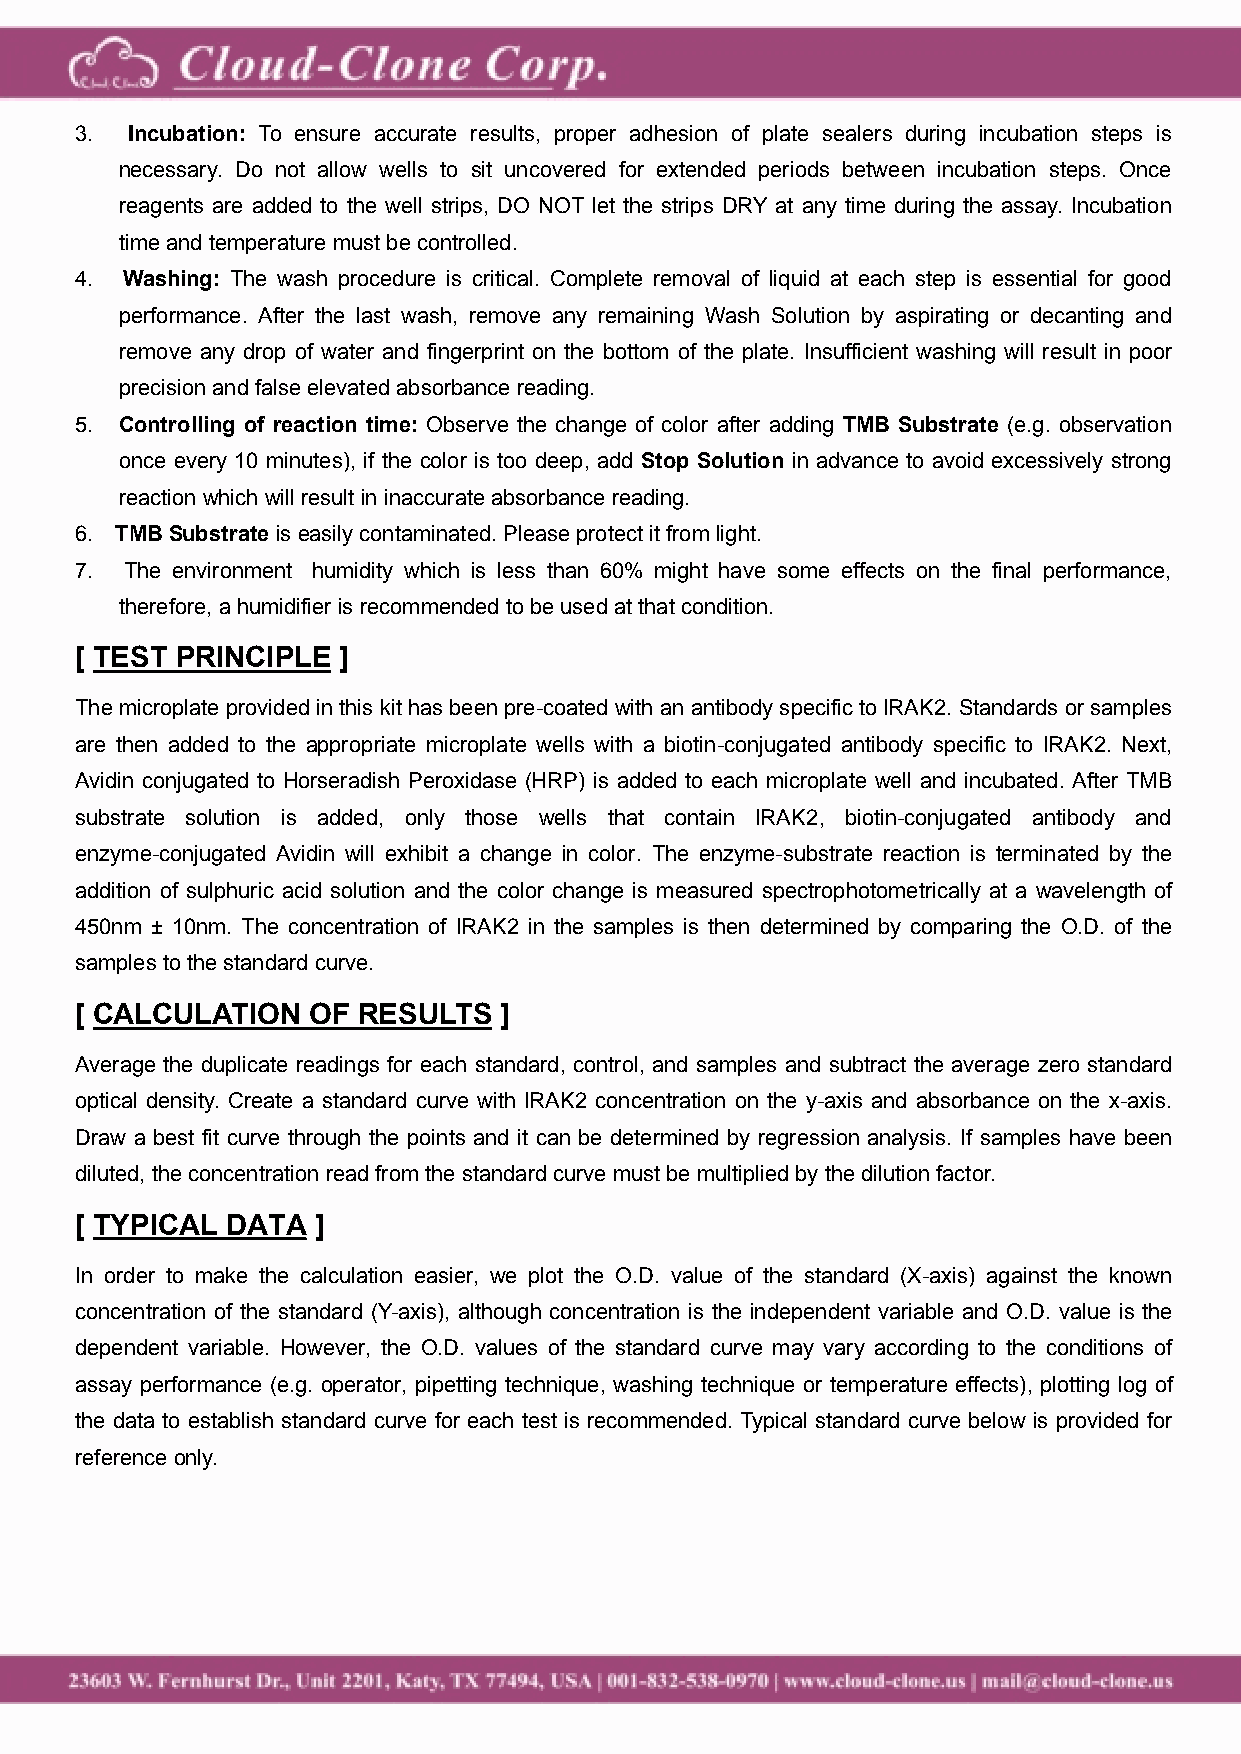
3. Incubation: To ensure accurate results, proper adhesion of plate sealers during incubation steps is
 necessary. Do not allow wells to sit uncovered for extended periods between incubation steps. Once
 reagents are added to the well strips, DO NOT let the strips DRY at any time during the assay. Incubation
 time and temperature mustbecontrolled.
 4. Washing: The wash procedure is critical. Complete removal of liquid at each step is essential for good
 performance. After the last wash, remove any remaining Wash Solution by aspirating or decanting and
 remove any drop of water and fingerprint on the bottom of the plate. Insufficient washing will result in poor
 precisionand false elevated absorbancereading.
 5. Controlling of reaction time: Observe the change of color after adding TMB Substrate (e.g. observation
 once every 10 minutes), if the color is too deep, add Stop Solution in advance to avoid excessively strong
 reactionwhichwillresultin inaccurateabsorbance reading.
 6. TMBSubstrate is easilycontaminated. Pleaseprotectitfromlight.
 7. The environment humidity which is less than 60% might have some effects on the final performance,
 therefore,ahumidifier is recommendedto beusedat thatcondition.
 [ TEST PRINCIPLE ]
 Themicroplate provided in this kithas been pre-coated with an antibody specific toIRAK2.Standards or samples
 are then added to the appropriate microplate wells with a biotin-conjugated antibody specific to IRAK2. Next,
 Avidin conjugated to Horseradish Peroxidase (HRP) is added to each microplate well and incubated. After TMB
 substrate solution is added, only those wells that contain IRAK2, biotin-conjugated antibody and
 enzyme-conjugated Avidin will exhibit a change in color. The enzyme-substrate reaction is terminated by the
 addition of sulphuric acid solution and the color change is measured spectrophotometrically at a wavelength of
 450nm ± 10nm. The concentration of IRAK2 in the samples is then determined by comparing the O.D. of the
 samplestothe standard curve.
 [ CALCULATION  OF  RESULTS  ]
 Average the duplicate readings for each standard, control, and samples and subtract the average zero standard
 optical density. Create a standard curve with IRAK2 concentration on the y-axis and absorbance on the x-axis.
 Draw a best fit curve through the points and it can be determined by regression analysis. If samples have been
 diluted,the concentration readfromthe standardcurve mustbemultiplied by the dilutionfactor.
 [ TYPICAL DATA  ]
 In order to make the calculation easier, we plot the O.D. value of the standard (X-axis) against the known
 concentration of the standard (Y-axis), although concentration is the independent variable and O.D. value is the
 dependent variable. However, the O.D. values of the standard curve may vary according to the conditions of
 assay performance (e.g. operator, pipetting technique, washing technique or temperature effects), plotting log of
 the data to establish standard curve for each test is recommended. Typical standard curve below is provided for
 referenceonly.